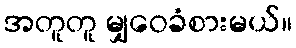
အတူတူ မျှဝေခံစားမယ်။